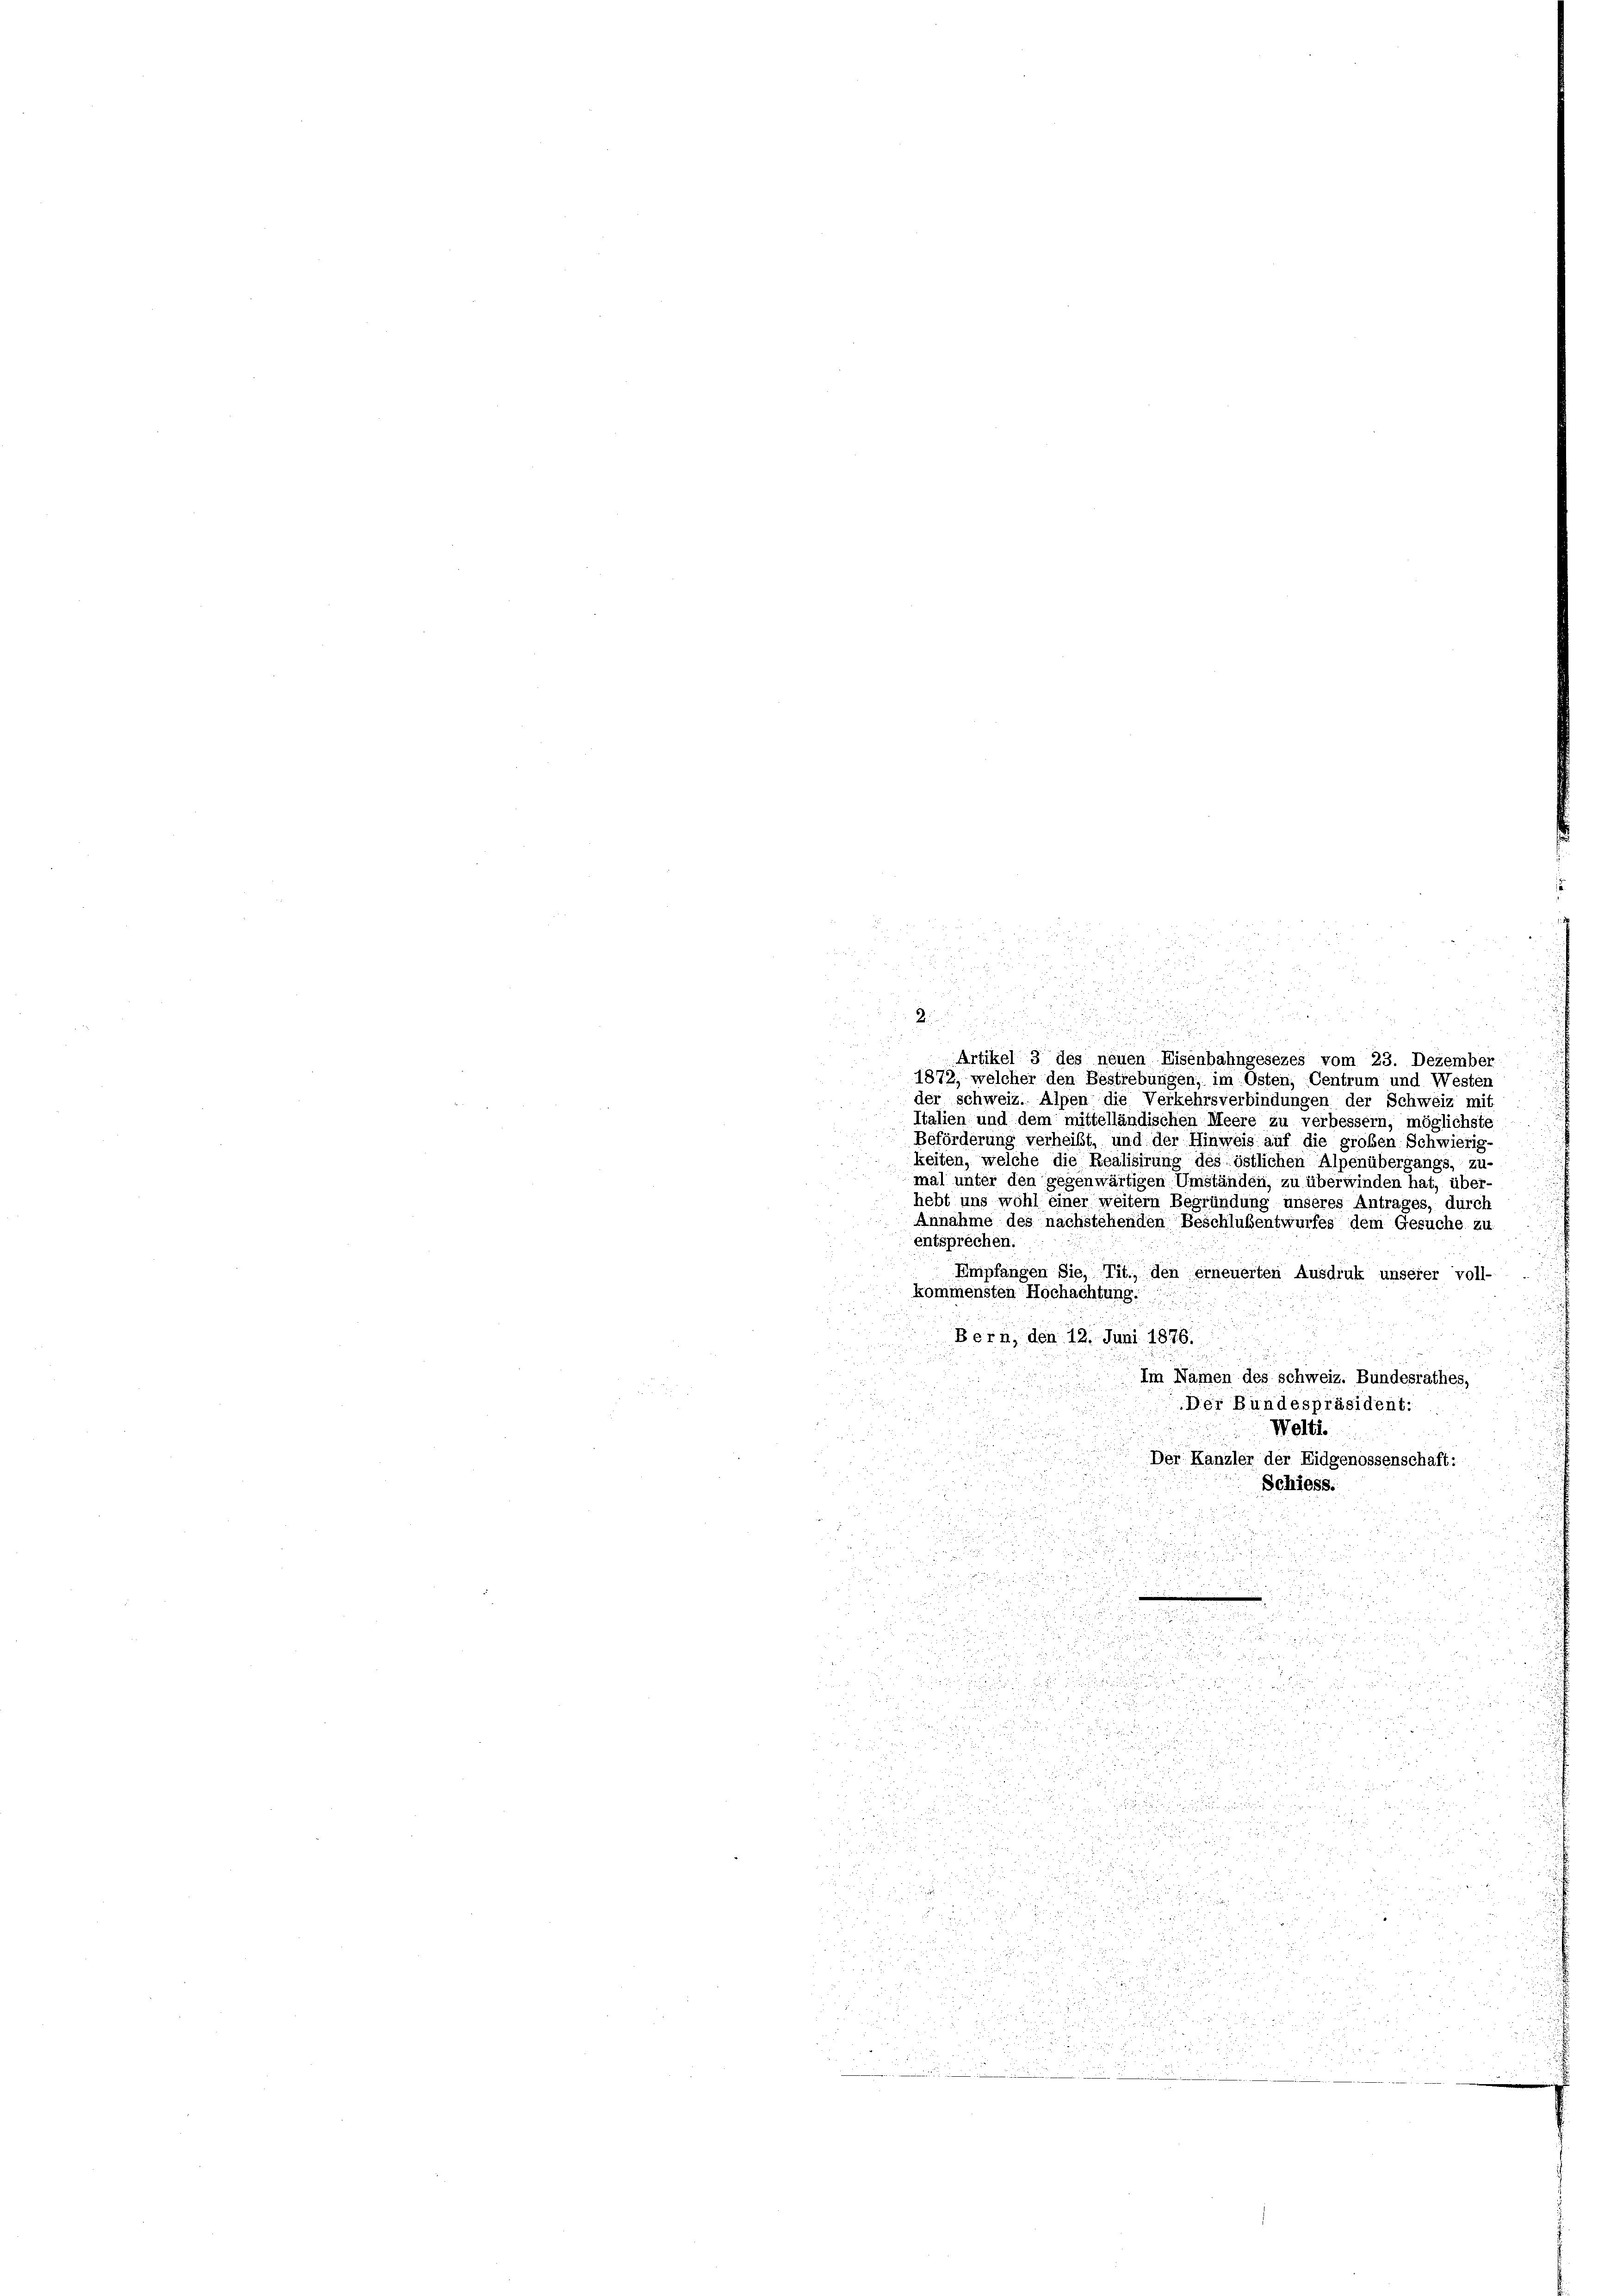
Br 2

2 x

i

d
.

5 x
¬

 2

n
u

u
 Artikel 3 des neuen Eisenbahngesezes vom 23. Dezember
1872, welcher den Bestrebungen, im Osten; Centrum und Westen
u
der schweiz. Alpen die Verkehrsverbindungen der Schweiz mit
Italien und dem mittelländischen Meere zu verbessern, möglichste

Beförderung verheißt, und der Hinweis auf die groben Schwierig-
keiten, welche die Realisirung des östlichen Alpenübergangs, zu-
mal unter den gegenwärtigen Umständen, zu überwinden hat, über-
hebt uns wohl einer weitern Begründung unseres Antrages, durch
Annahme des nachstehenden Beschlussentwurfes dem Gesuche zu
entsprechen.
Empfangen Sie, Tit., den erneuerten Ausdruk unserer voll-
kommensten Hochachtung.
Bern, den 12. Juni 1876.

Im Namen des Schweiz. Bundesrathes,
Der Bundespräsident:
Welti.

.
5
Der Kanzler der Eidgenossenschaft:

Schiess.
.
a
 2 x
n
u
a
2.
2
z
don
15

1
r

 45 x

 xx
n
a

e
u

d

 xx

 52
e
.
 ei der den 28.
i
2
1
.
.